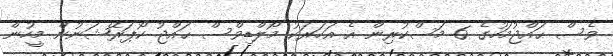
ވެސް ޙައްޖުމަހުގެ 6 މަސްކުރިން އެ އަހަރަކު މޯލްޑިވްސް ޙައްޖު ކޯޕަރޭޝަނުން މީހުން